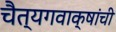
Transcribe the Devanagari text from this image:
चैत्यगवाक्षांची